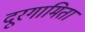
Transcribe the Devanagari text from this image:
दूरगामिता